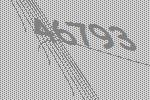
46793